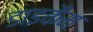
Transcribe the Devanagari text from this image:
डाइकैम